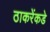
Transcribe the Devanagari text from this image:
ठाकरेंकडे